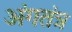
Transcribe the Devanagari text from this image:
अंगतंत्र